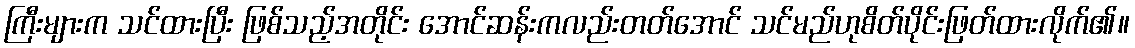
ကြီးများက သင်ထားပြီး ဖြစ်သည့်အတိုင်း အောင်ဆန်းကလည်းတတ်အောင် သင်မည်ဟုစိတ်ပိုင်းဖြတ်ထားလိုက်၏။